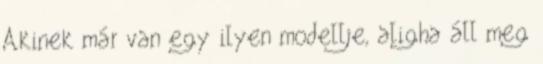
Akinek már van egy ilyen modellje, aligha áll meg